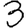
Digit: 3